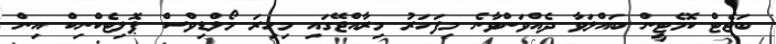
ބަޖެޓް ކޮމެޓީން ބައްލަވާ ދެއްވަންވާނެ މިފަހަރު މިރާއްޖޭގައި މިހިރަ މޯލްޑިވްސް ޕޮލިޓެކްނިކް އިން